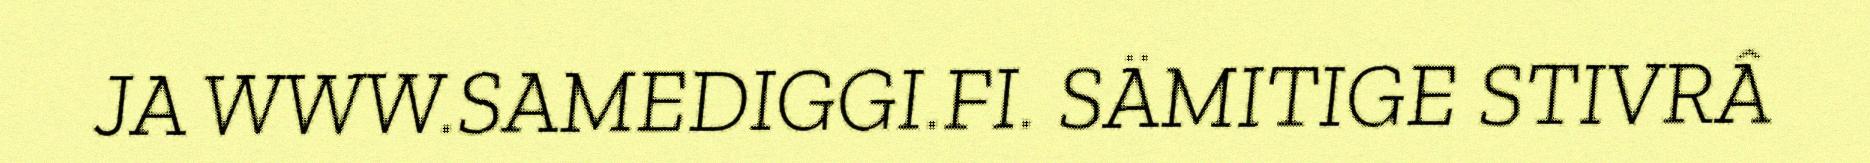
JA WWW.SAMEDIGGI.FI. SÄMITIGE STIVRÂ